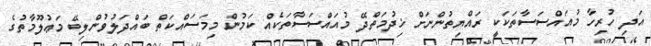
އަދި ހުރިހާ މުއައްސަސާތަކަކީ ރައްޔިތުންނަށް ޚިދުމަތްދޭ މުއައްސަސާތަކެއް ކަމުން މިމަސައްކަތް ބައްދަލުވުންލިބޭ މަޢުލޫމާތުގެ